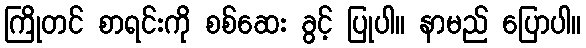
ကြိုတင် စာရင်းကို စစ်ဆေး ခွင့် ပြုပါ။ နာမည် ပြောပါ။